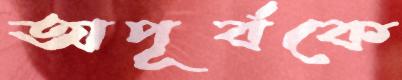
অপূর্বকে